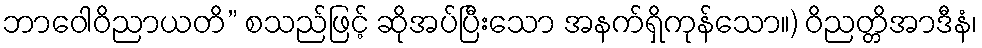
ဘာဝေါဝိညာယတိ” စသည်ဖြင့် ဆိုအပ်ပြီးသော အနက်ရှိကုန်သော။) ဝိညတ္တိအာဒီနံ၊